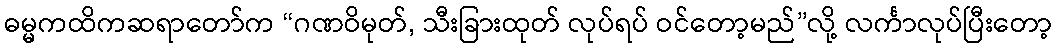
ဓမ္မကထိကဆရာတော်က “ဂဏဝိမုတ်, သီးခြားထုတ် လုပ်ရပ် ဝင်တော့မည်”လို့ လင်္ကာလုပ်ပြီးတော့